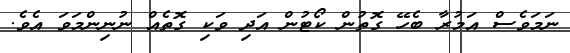
ނަމަވެސް އަމުރާ ބެހޭ ގޮތުން ކޯޓުން އަދި ވަކި ގޮތެއް ނުނިންމަވަ އެވެ.